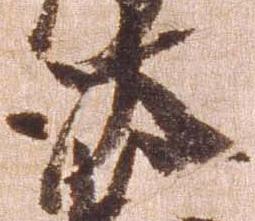
汰